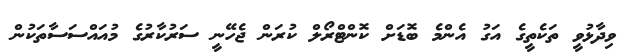
ވިދާޅުވީ ތަކެތީގެ އަގު އެންމެ ބޮޑަށް ކޮންޓްރޯލް ކުރަން ޖެހޭނީ ސަރުކާރުގެ މުއައްސަސާތަކުން